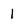
Character: 1